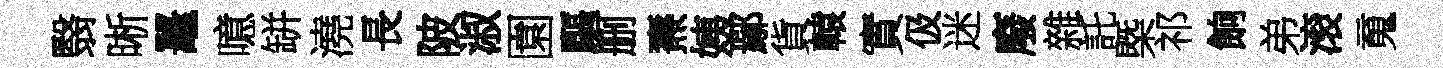
翳晰鼉噫缾澆長陂淑園驅删燾姨鄢貨轅實伋迷廢雜託㮣祁餉弟滚䰟